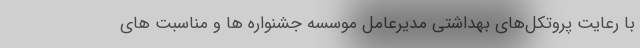
با رعایت پروتکل‌های بهداشتی مدیرعامل موسسه جشنواره ها و مناسبت های